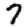
Digit: 7